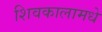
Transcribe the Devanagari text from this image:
शिवकालामधे